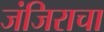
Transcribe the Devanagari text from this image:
जंजिराचा